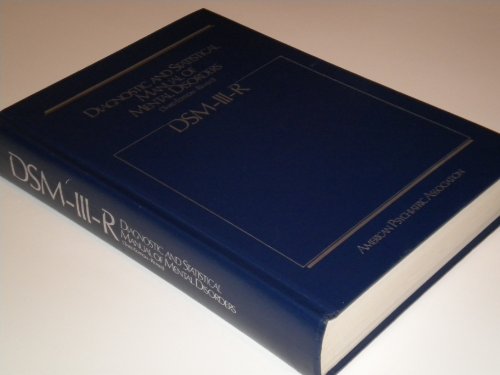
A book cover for Diagnostic and Statistical Manual of Mental Disorders: DSM-III-R; American Psychiatric Association; Health, Fitness & Dieting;